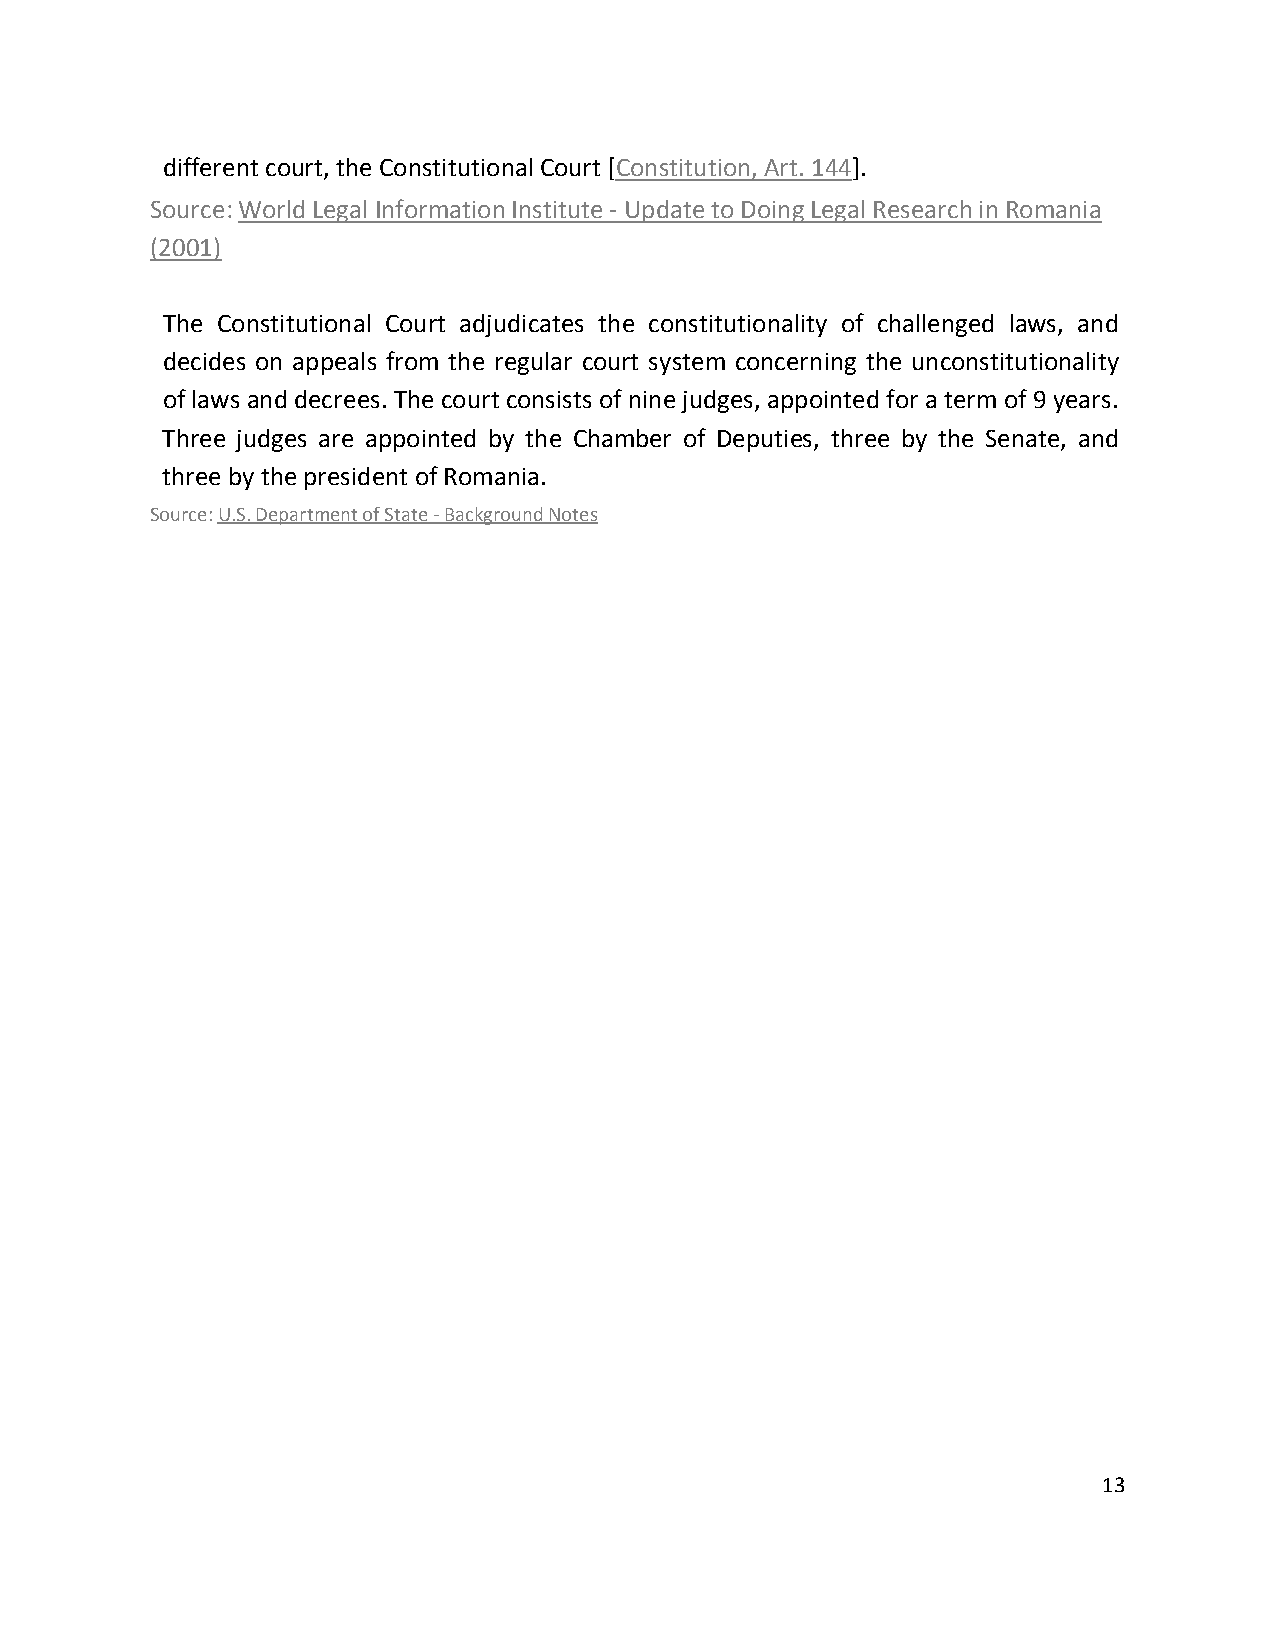
different court, the Constitutional Court [Constitution, Art. 144].
 Source: World Legal Information Institute - Update to Doing Legal Research in Romania
 (2001)
 The Constitutional Court adjudicates the constitutionality of challenged laws, and
 decides on appeals from the regular court system concerning the unconstitutionality
 of laws and decrees. The court consists of nine judges, appointed for a term of 9 years.
 Three judges are appointed by the Chamber of Deputies, three by the Senate, and
 three by the president of Romania.
 Source: U.S. Department of State - Background Notes
 13